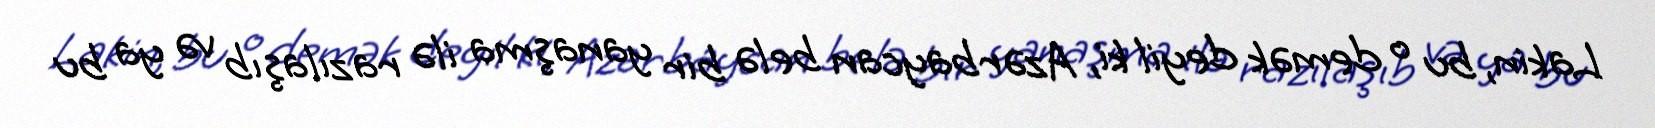
Lakin, bu o demək deyil ki, Azərbaycan belə bir yanaşma ilə razılaşıb və ya bu